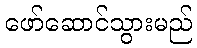
ဖော်ဆောင်သွားမည်